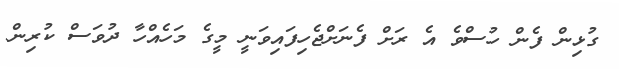
ގުޅިން ފެން ހުސްވެ އެ ރަށް ފެނަށްޖެހިފައިވަނީ މީގެ މަހެއްހާ ދުވަސް ކުރިން